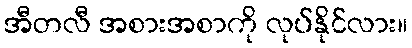
အီတလီ အစားအစာကို လုပ်နိုင်လား။